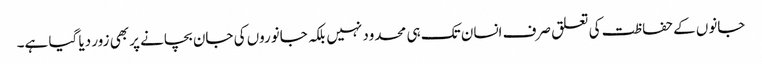
جانوں کے حفاظت کی تعلق صرف انسان تک ہی محدود نہیں بلکہ جانوروں کی جان بچانے پر بھی زور دیا گیا ہے۔